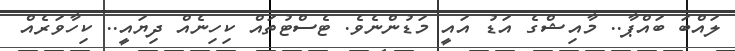
ލައްބަ ބައްޕާ.. މާއިޝްގެ އަޑު އައީ މަޑުންނެވެ. ޓެސްޓުތައް ކިހިނެއް ދިޔައީ.. ކިހާވަރެއް